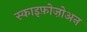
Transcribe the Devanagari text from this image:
स्काइफ़ोज़ोअन